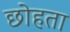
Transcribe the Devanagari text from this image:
छोहता